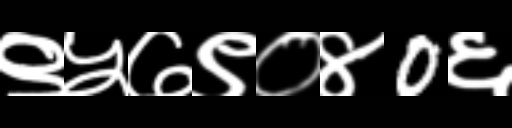
Text: ९५७९०४0६